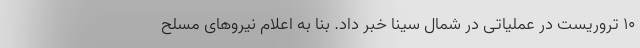
۱۰ تروریست در عملیاتی در شمال سینا خبر داد. بنا به اعلام نیروهای مسلح